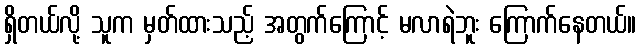
ရှိတယ်လို့ သူက မှတ်ထားသည့် အတွက်ကြောင့် မလာရဲဘူး ကြောက်နေတယ်။